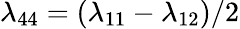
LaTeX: \lambda_{44}=(\lambda_{11}-\lambda_{12})/2